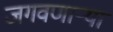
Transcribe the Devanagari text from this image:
जगवणार्‍या